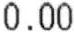
0.00